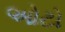
ઓટો